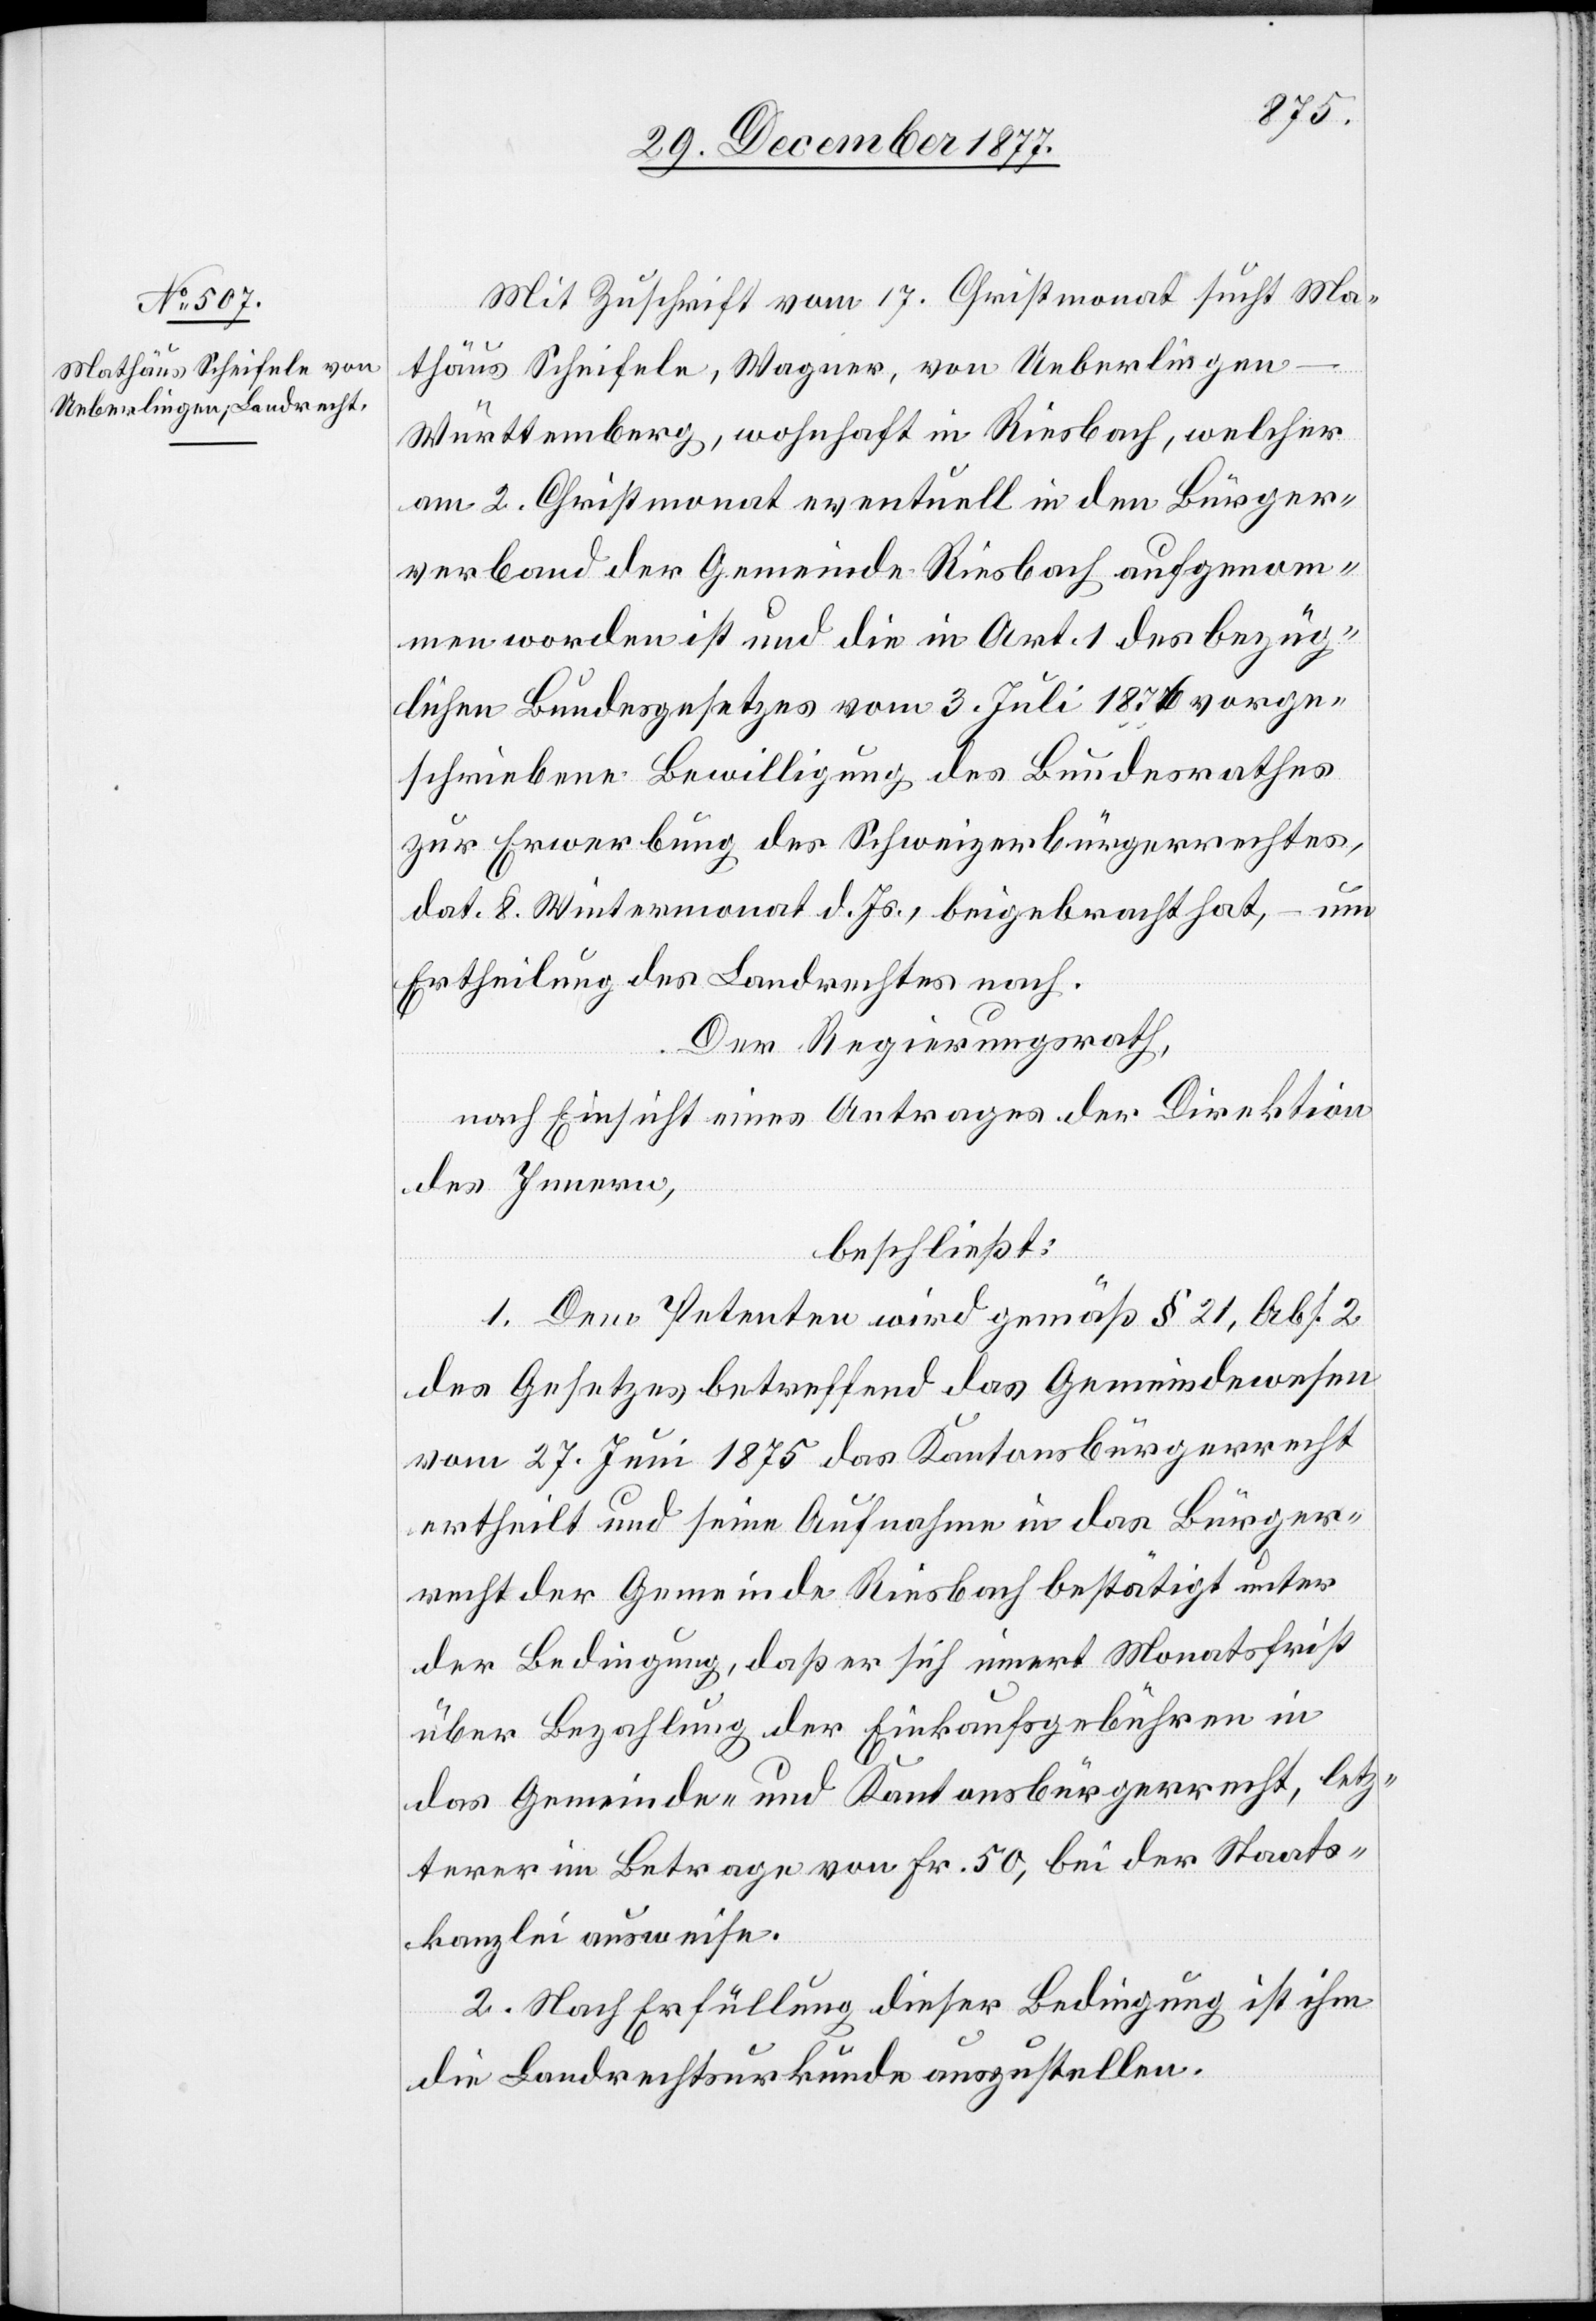
Mit Zuschrift vom 17. Christmonat sucht Ma¬
thäus Scheifele, Wagner, von Ueberlingen
Württemberg, wohnhaft in Riesbach, welcher
am 2. Christmonat eventuell in den Bürger¬
verband der Gemeinde Riesbach aufgenom¬
men worden ist und die in Art. 1 des bezüg¬
lichen Bundesgesetzes vom 3. Juli 1876 vorge¬
schriebene Bewilligung des Bundesrathes
zur Erwerbung des Schweizerbürgerrechtes,
dat. 8. Wintermonat d. Js., beigebracht hat, – um
Ertheilung des Landrechtes nach.
Der Regierungsrath,
nach Einsicht eines Antrages der Direktion
des Innern,
beschließt:
1. Dem Petenten wird gemäß § 21, Abs. 2
des Gesetzes betreffend das Gemeindewesen
vom 27. Juni 1875 das Kantonsbürgerrecht
ertheilt und seine Aufnahme in das Bürger¬
recht der Gemeinde Riesbach bestätigt unter
der Bedingung, daß er sich innert Monatsfrist
über Bezahlung der Einkaufsgebühren in
das Gemeinde- und Kantonsbürgerrecht, letz¬
terer im Betrage von Fr. 50, bei der Staats¬
kanzlei ausweise.
2. Nach Erfüllung dieser Bedingung ist ihm
die Landrechtsurkunde auszustellen.